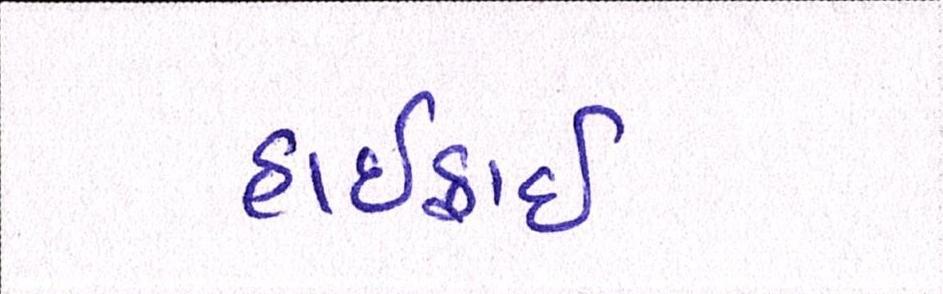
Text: હાઈફાઈ